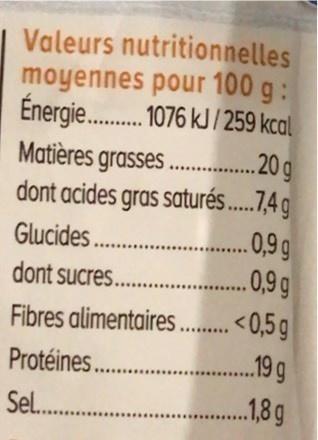
Valeurs nutritionnelles moyennes pour 100 g: Énergie . 176 kJ / 259 kcal Matières grasses .20 g dont acides gras saturés.,4 g
Glucides.
dont sucres..
.0,9g
Fibres alimentaires . 0,5 g .19g
Protéines.
Sel .
Sel..
..18g